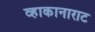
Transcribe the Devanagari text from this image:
व्हाकानाराट